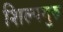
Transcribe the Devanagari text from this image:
शिल्पगुरु